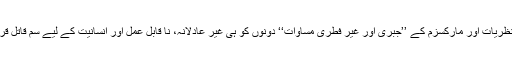
انھوں نے کیپٹلزم کے مادہ پرستانہ نظریات اور مارکسزم کے ’’جبری اور غیر فطری مساوات‘‘ دونوں کو ہی غیر عادلانہ، نا قابل عمل اور انسانیت کے لیے سم قاتل قرار دے کر اس پر سخت تنقیدیں کیں۔